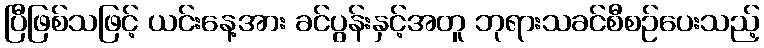
ပြီဖြစ်သဖြင့် ယင်းနေ့အား ခင်ပွန်းနှင့်အတူ ဘုရားသခင်စီစဉ်ပေးသည့်